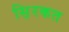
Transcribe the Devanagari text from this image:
स़िरकत